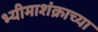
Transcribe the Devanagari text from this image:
भ्यीमाशंक्राच्या